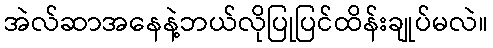
အဲလ်ဆာအနေနဲ့ဘယ်လိုပြုပြင်ထိန်းချုပ်မလဲ။